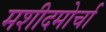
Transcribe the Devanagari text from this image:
मशीदमोर्चा